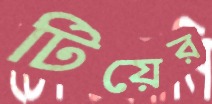
টিয়ের